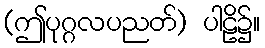
(ဤပုဂ္ဂလပညတ်) ပါဠိ၌။